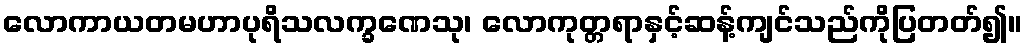
လောကာယတမဟာပုရိသလက္ခဏေသု၊ လောကုတ္တရာနှင့်ဆန့်ကျင်သည်ကိုပြတတ်၍။